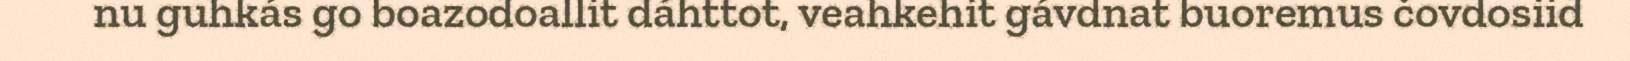
nu guhkás go boazodoallit dáhttot, veahkehit gávdnat buoremus čovdosiid